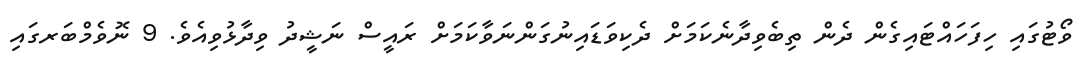
ވޯޓުގައި ހިފަހައްޓައިގެން ދެން ތިބެވިދާނެކަމަށް ދެކިވަޑައިނުގަންނަވާކަމަށް ރައީސް ނަޝީދު ވިދާޅުވިއެވެ. 9 ނޮވެމްބަރގައި